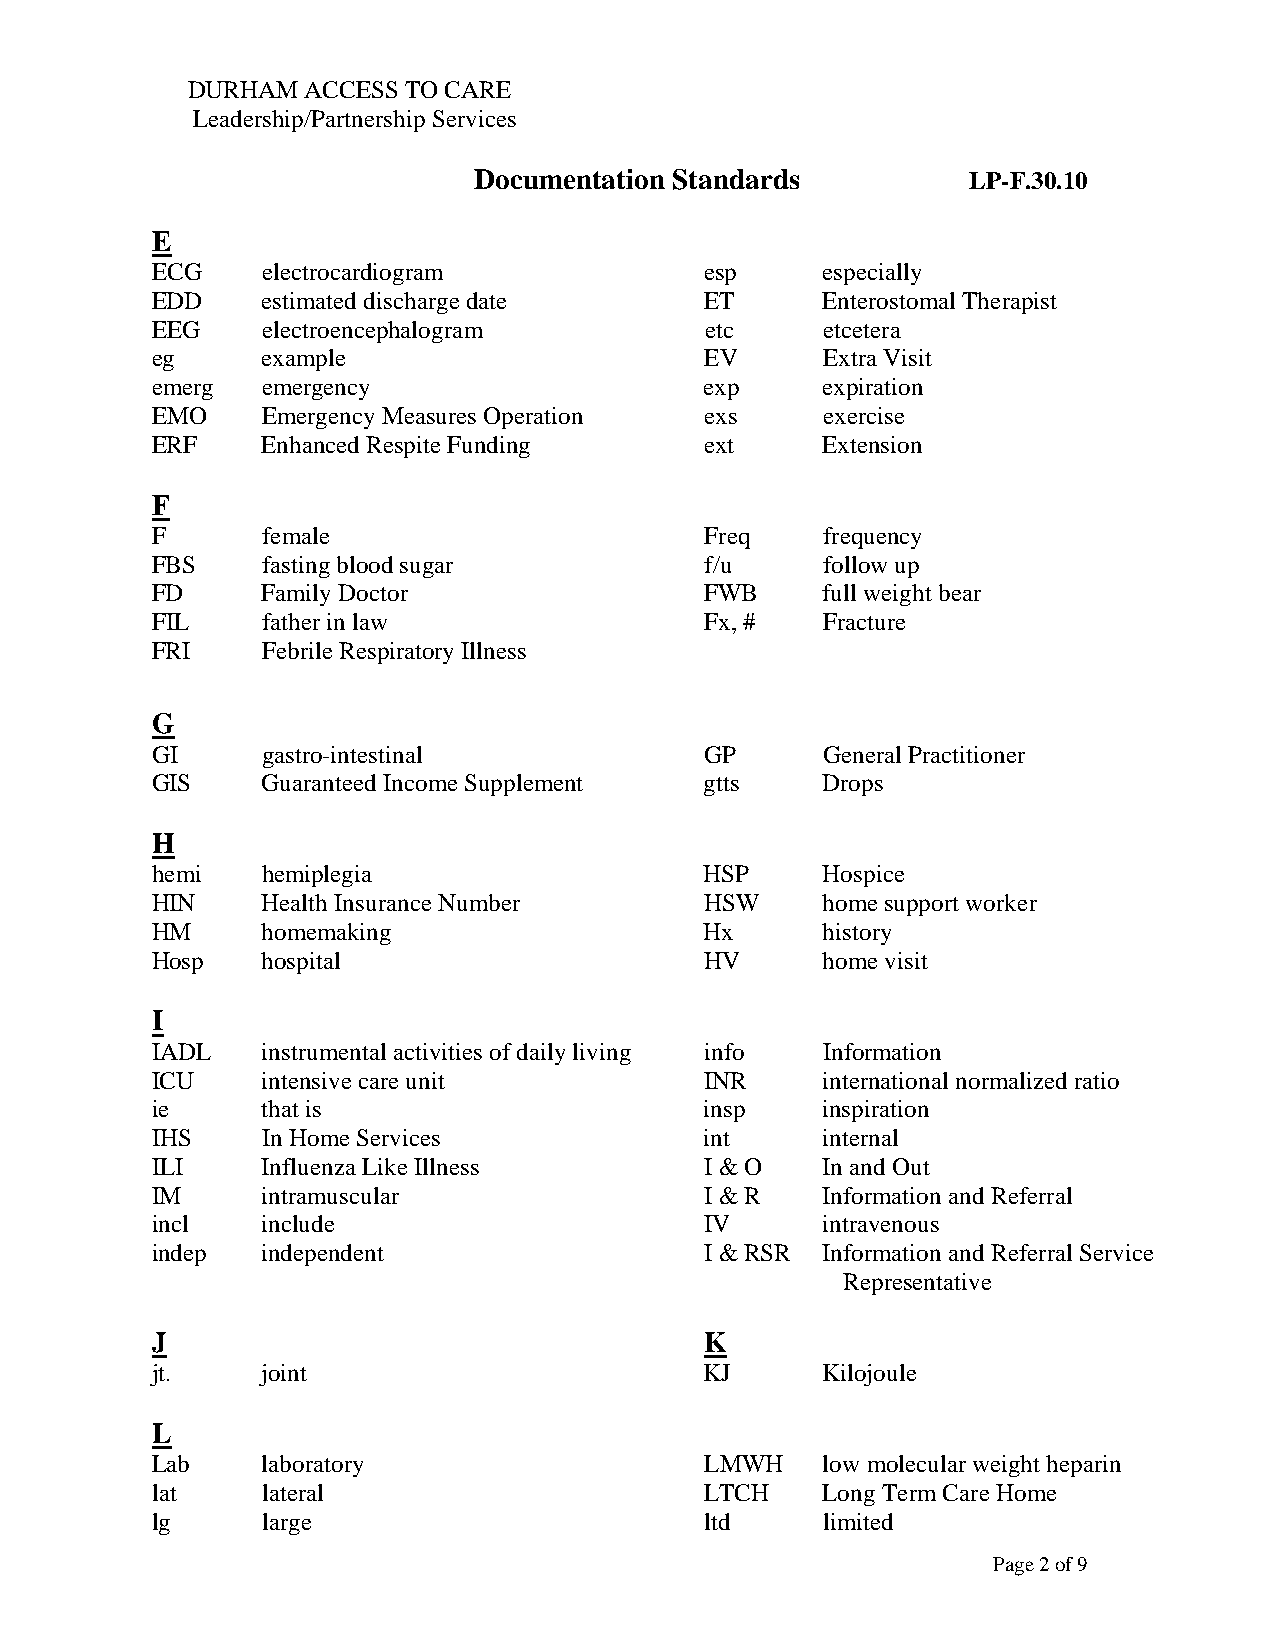
DURHAM  ACCESS TO CARE
 Leadership/Partnership Services
 Documentation Standards          LP-F.30.10
 E
 ECG    electrocardiogram             esp    especially
 EDD    estimated discharge date      ET     Enterostomal Therapist
 EEG    electroencephalogram          etc    etcetera
 eg     example                       EV     Extra Visit
 emerg  emergency                     exp    expiration
 EMO    Emergency Measures Operation  exs    exercise
 ERF    Enhanced Respite Funding      ext    Extension
 F
 F      female                        Freq   frequency
 FBS    fasting blood sugar           f/u    follow up
 FD     Family Doctor                 FWB    full weight bear
 FIL    father in law                 Fx, #  Fracture
 FRI    Febrile Respiratory Illness
 G
 GI     gastro-intestinal             GP     General Practitioner
 GIS    Guaranteed Income Supplement  gtts   Drops
 H
 hemi   hemiplegia                    HSP    Hospice
 HIN    Health Insurance Number       HSW    home support worker
 HM     homemaking                    Hx     history
 Hosp   hospital                      HV     home visit
 I
 IADL   instrumental activities of daily living info Information
 ICU    intensive care unit           INR    international normalized ratio
 ie     that is                       insp   inspiration
 IHS    In Home Services              int    internal
 ILI    Influenza Like Illness        I & O  In and Out
 IM     intramuscular                 I & R  Information and Referral
 incl   include                       IV     intravenous
 indep  independent                   I & RSR Information and Referral Service
 Representative
 J                                    K
 jt.    joint                         KJ     Kilojoule
 L
 Lab    laboratory                    LMWH   low molecular weight heparin
 lat    lateral                       LTCH   Long Term Care Home
 lg     large                         ltd    limited
 Page 2 of 9